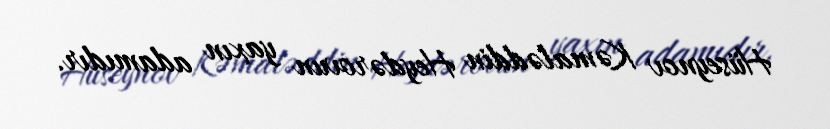
Hüseynov Kəmaləddin Heydərovun yaxın adamıdır.